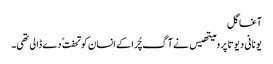
آغا گل
یونانی دیوتا پرومیتھیس نے آگ چُرا کے انسان کو تحفت ً دے ڈالی تھی۔